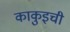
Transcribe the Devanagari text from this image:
काकुइची